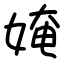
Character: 㛪